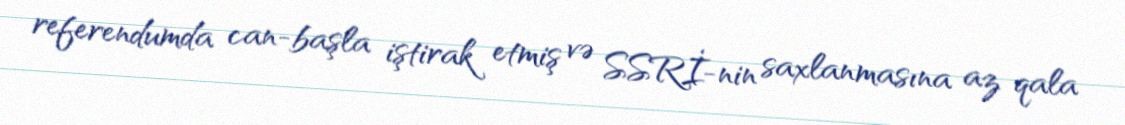
referendumda can-başla iştirak etmiş və SSRİ-nin saxlanmasına az qala